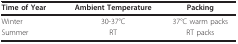
<table><thead><tr><td><b>Time of Year</b></td><td><b>Ambient Temperature</b></td><td><b>Packing</b></td></tr></thead><tbody><tr><td>Winter</td><td>30-37°C</td><td>37°C warm packs</td></tr><tr><td>Summer</td><td>RT</td><td>RT packs</td></tr></tbody></table>